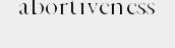
abortiveness